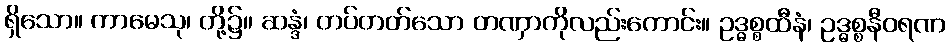
ရှိသော။ ကာမေသု၊ တို့၌။ ဆန္ဒံ၊ တပ်တတ်သော တဏှာကိုလည်းကောင်း။ ဥဒ္ဓစ္စထီနံ၊ ဥဒ္ဓစ္စနီဝရဏ